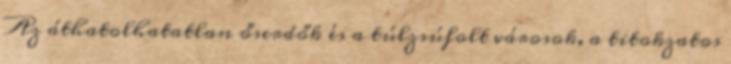
Az áthatolhatatlan őserdők és a túlzsúfolt városok, a titokzatos